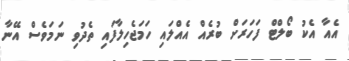
އެއާ އެކު ބޯލްޓް ފަހަަރަށް ބުރެއް އެއްލައި ހަމަޖެހިލާފައި ތެދުވި ނަމަވެސް އޭނާ